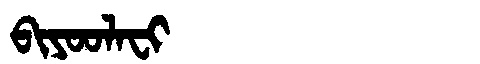
Manchu: ᠪᡳᠶᠣᠣᠯᠠᠸᡳ
Romanization: BIYOOLAFI